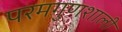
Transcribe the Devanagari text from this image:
परमगुणशाली